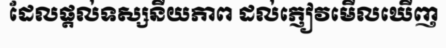
ដែលផ្តល់ទស្សនីយភាព ដល់ភ្ញៀវមើលឃើញ